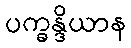
ပက္ခန္ဒိယာန